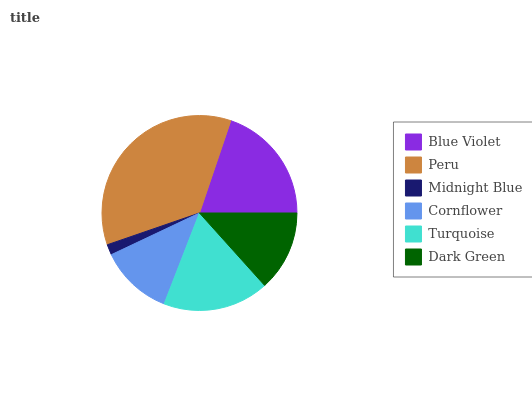
| Blue Violet | Peru | Midnight Blue | Cornflower | Turquoise | Dark Green |
 | --- | --- | --- | --- | --- | --- |
 | 19.8% | 35.5% | 1.75% | 12.1% | 17.5% | 13.4% |